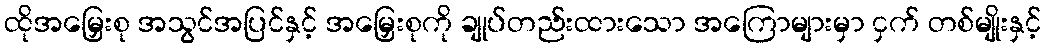
ထိုအမြှေးစု အသွင်အပြင်နှင့် အမြှေးစုကို ချုပ်တည်းထားသော အကြောများမှာ ငှက် တစ်မျိုးနှင့်